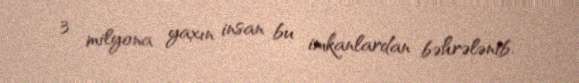
3 milyona yaxın insan bu imkanlardan bəhrələnib.